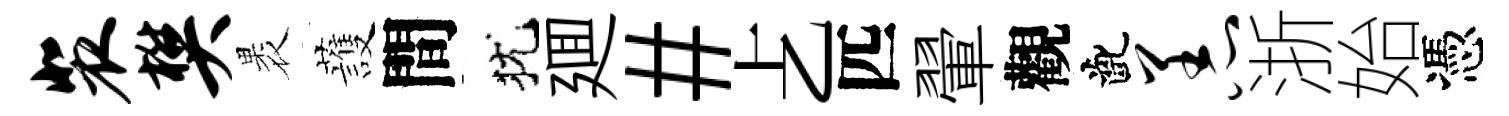
裴樊褁䕶間犹廽#𠧒匹翬觀齔恙浙始憑